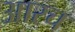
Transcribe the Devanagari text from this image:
आरच